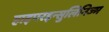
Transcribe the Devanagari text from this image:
हाइपरइन्सुलिनिज्म